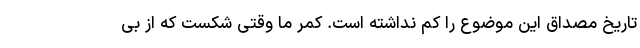
تاریخ مصداق این موضوع را کم نداشته است. کمر ما وقتی شکست که از بی